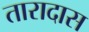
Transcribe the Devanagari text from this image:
तारादास